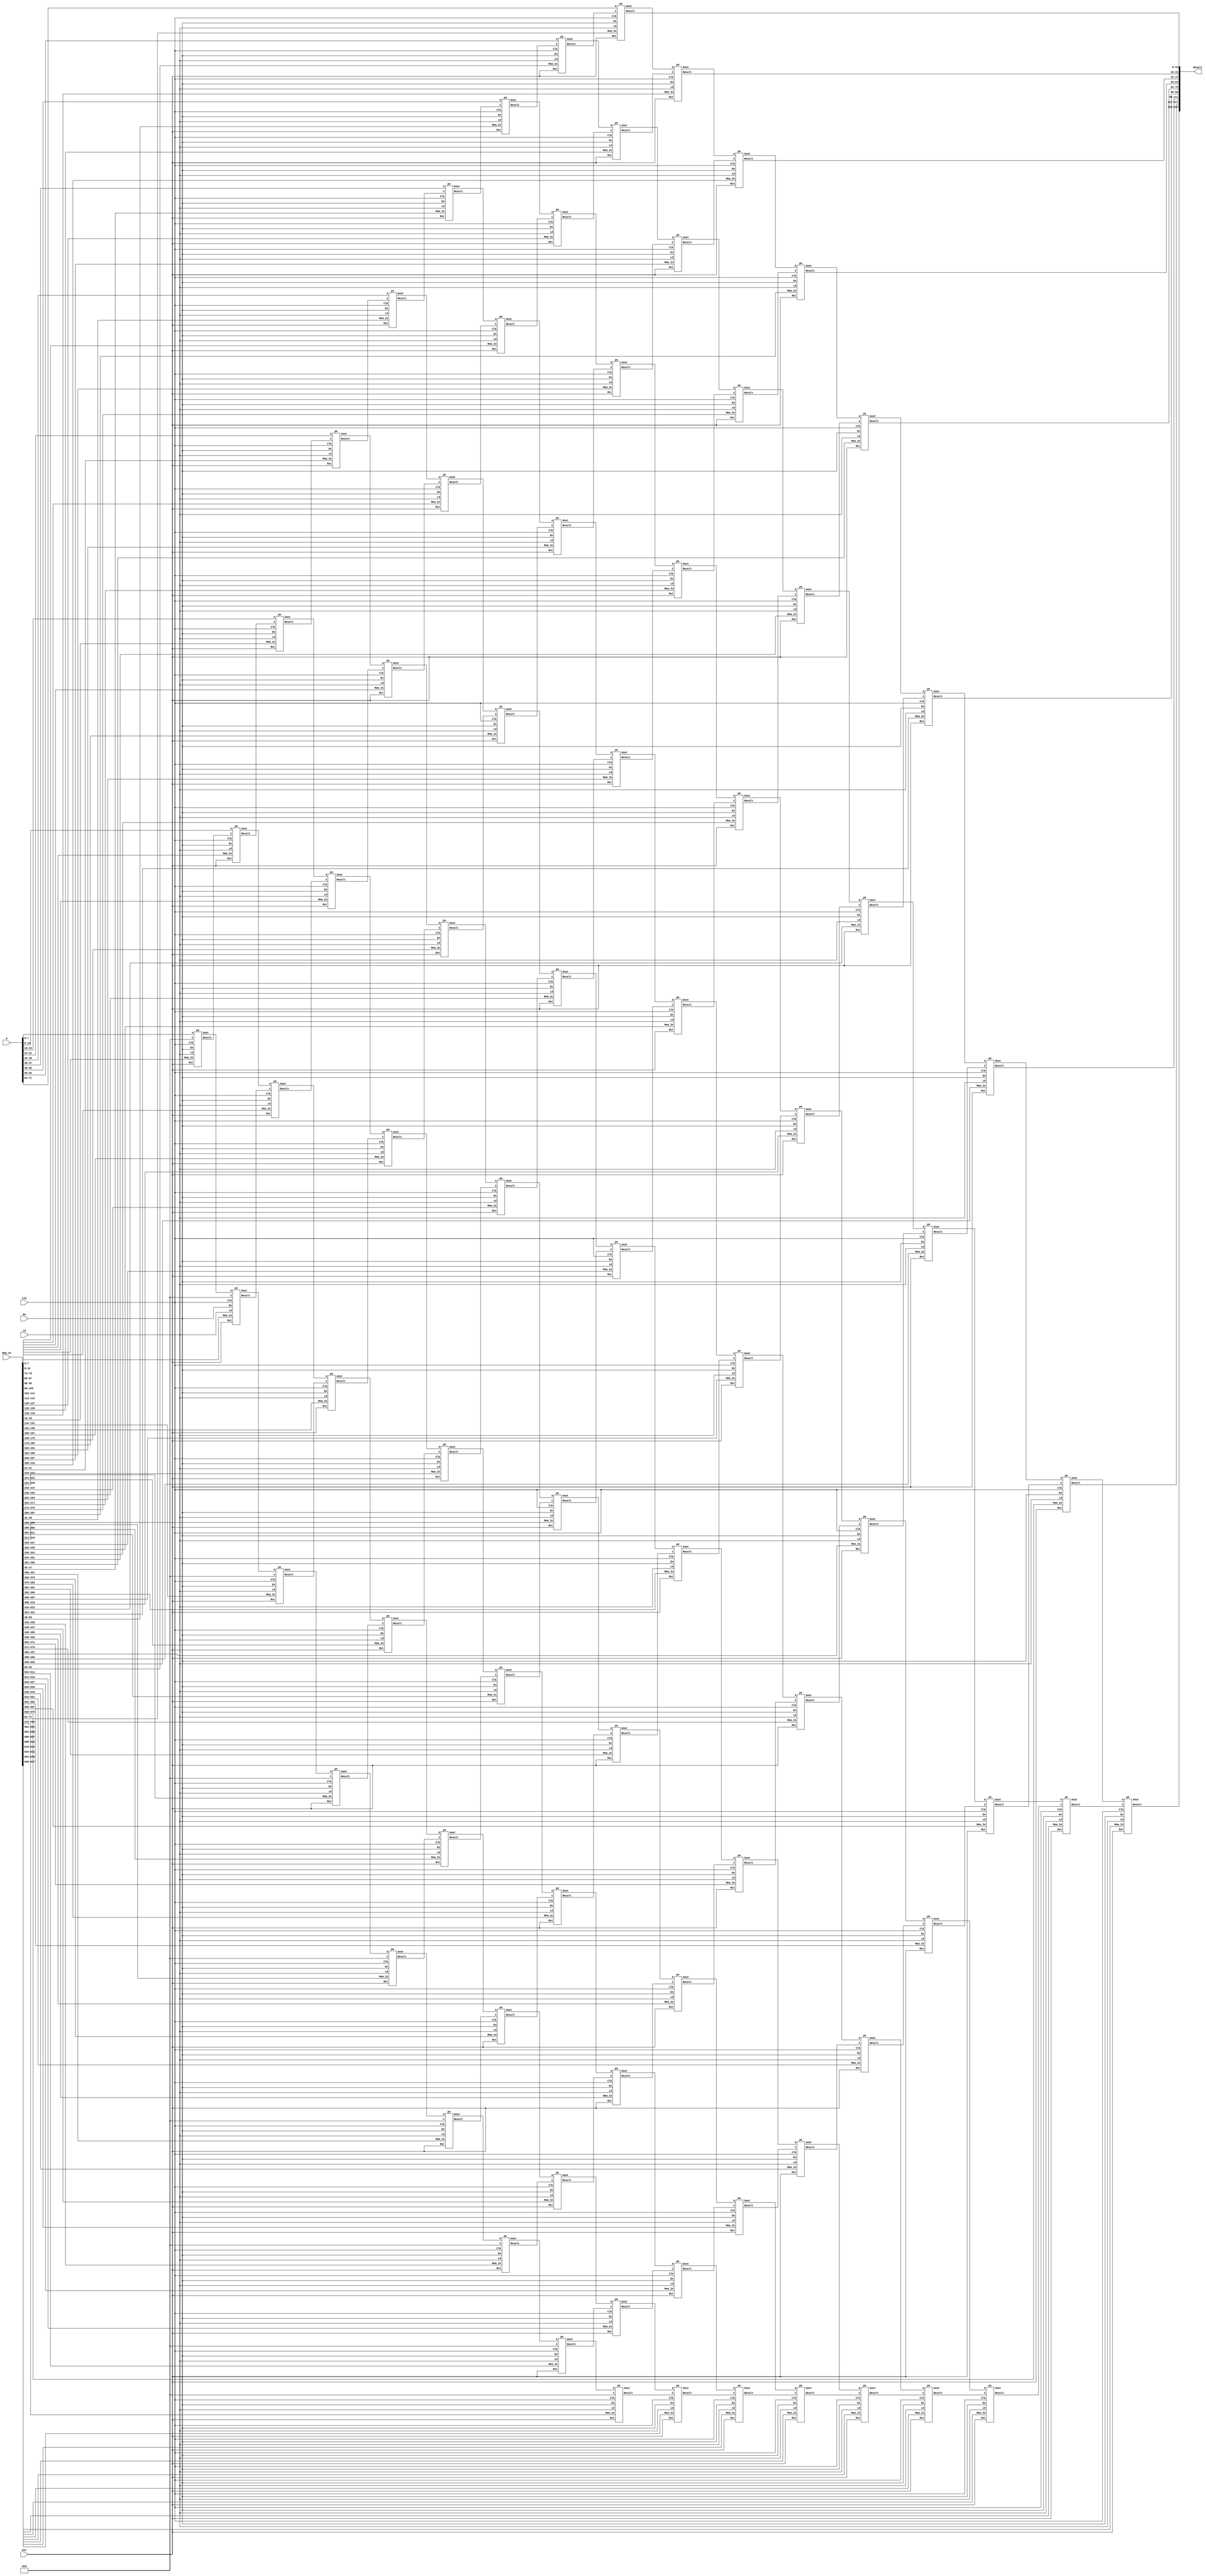
`timescale 1ns / 1ps
//////////////////////////////////////////////////////////////////////////////////
// Company: 
// Engineer: 
// 
// Design Name: 
// Module Name: finalproject
// Project Name: 
// Target Devices: 
// Tool Versions: 
// Description: 
// 
// Dependencies: 
// 
// Revision:
// Revision 0.01 - File Created
// Additional Comments:
// 
//////////////////////////////////////////////////////////////////////////////////
module Systolic (Clk,En,Est,Ld,A,Mem_In,Result);
input Clk,En,Est,Ld;
input [71:0] A;
input [647:0] Mem_In;
output reg [143:0] Result;
wire [15:0] Result_Wire[0:8][0:8];
wire [7:0] Passthrough_Wire[0:8][0:8];
wire [7:0]Ain[0:8];
reg [7:0] Mem_Inin[0:8][0:8];
integer Parse_Col, Parse_Row;

always @* begin
    for (Parse_Col=0; Parse_Col<9; Parse_Col = Parse_Col+1) begin
            Result[Parse_Col*16+:16] <= Result_Wire[Parse_Col][8];
        for (Parse_Row=0; Parse_Row<9; Parse_Row = Parse_Row+1) begin
            Mem_Inin[Parse_Col][Parse_Row] <= Mem_In [(Parse_Col*72)+(Parse_Row*8)+:8];
        end
    end
end

pe PE0 (Clk,En,Est,Ld,A[7:0],Mem_Inin[0][0],16'd0,Result_Wire[0][0],Passthrough_Wire[0][0]);
genvar i,j;
generate
    for (j=1;j<9;j=j+1) begin
        pe PE1 (Clk,En,Est,Ld,A[(j)*8+7:(j)*8],Mem_Inin[0][j],Result_Wire[0][j-1],Result_Wire[0][j],Passthrough_Wire[0][j]);
        pe PE2 (Clk,En,Est,Ld,Passthrough_Wire[j-1][0],Mem_Inin[j][0],16'd0,Result_Wire[j][0],Passthrough_Wire[j][0]);
        for (i=1;i<9;i=i+1) begin
            pe PE3 (Clk,En,Est,Ld,Passthrough_Wire[j-1][i],Mem_Inin[j][i],Result_Wire[j][i-1],Result_Wire[j][i],Passthrough_Wire[j][i]);
        end
    end
endgenerate
endmodule

module pe(Clk,En,Rst,Ld,A,Mem_In,C,Result,Aout);
input Clk,En,Rst,Ld;
input [7:0] A, Mem_In ;
input [15:0] C;
output reg [15:0] Result;
output reg [7:0] Aout;
reg [15:0] Prod_Reg;
reg [7:0] Memory;
wire cout;

always@* begin
Aout <= A;
end

wire [15:0] Prod_Wire;
wire [15:0] Result_Wire;
Vedic_8bit IN1 (A,Memory,Prod_Wire);
always@(posedge Clk) begin
     if (Rst == 1'b1) begin
     Prod_Reg <= 16'd0;
     Memory <= 8'd0;
     end
     else if (Ld == 1'b1) begin
     Memory <= Mem_In;
     end
     else begin
     Prod_Reg <= Prod_Wire;
     end
end
CSLA_16bit IN2 (Prod_Reg,C,Result_Wire,cout);
always@(posedge Clk) begin
    if (Rst == 1'b1) begin
     Result <= 16'd0;
     end
    else if (Ld) begin
     end
    else begin
     Result <= Result_Wire;
    end
end
endmodule

module Vedic_2bit(A,B,Prod);
input [1:0] A,B;
output [3:0] Prod;
wire Nand2,Nand3,Nand4;
wire Carry1, Carry2;
assign Nand2 = A[1]&B[0];
assign Nand3 = A[0]&B[1];
assign Nand4 = A[1]&B[1];
assign Prod [0] = A[0]&B[0];
Full_Adder IN1 (Nand2,Nand3, 1'b0,Prod[1],Carry1);
Full_Adder IN2 (Carry1, Nand4,1'b0, Prod[2],Prod[3]);
endmodule

module Vedic_4bit(A,B,Prod);
input [3:0] A,B;
output [7:0] Prod;
wire [3:0] Vedic_Prod1,Vedic_Prod2,Vedic_Prod3,Vedic_Prod4;
wire [3:0] Sum1,Sum2,Sum3;
wire Carry1, Carry2, Carry3;
Vedic_2bit IN1 (A[1:0],B[1:0],Vedic_Prod1);
Vedic_2bit IN2 (A[1:0],B[3:2],Vedic_Prod2);
Vedic_2bit IN3 (A[3:2],B[1:0],Vedic_Prod3);
Vedic_2bit IN4 (A[3:2],B[3:2],Vedic_Prod4);
RCA_4bit IN5 ( Vedic_Prod2                  , Vedic_Prod3   , Sum1  , Carry1);
RCA_4bit IN6 ( {1'b0,1'b0,Vedic_Prod1[3:2]} , Sum1          , Sum2  , Carry2);
RCA_4bit IN7 ( {1'b0,Carry2,Sum2[3:2]}      , Vedic_Prod4   , Sum3  , Carry3);
assign Prod[1:0] = Vedic_Prod1[1:0];
assign Prod[3:2] = Sum2[1:0];
assign Prod[7:4] = Sum3[3:0];
endmodule

module Vedic_8bit(A,B,Prod);
input [7:0] A,B;
output [15:0] Prod;
wire [7:0] Vedic_Prod1,Vedic_Prod2,Vedic_Prod3,Vedic_Prod4;
wire [7:0] Sum1,Sum2,Sum3;
wire Carry1, Carry2, Carry3;
Vedic_4bit IN1 (A[3:0],B[3:0],Vedic_Prod1);
Vedic_4bit IN2 (A[3:0],B[7:4],Vedic_Prod2);
Vedic_4bit IN3 (A[7:4],B[3:0],Vedic_Prod3);
Vedic_4bit IN4 (A[7:4],B[7:4],Vedic_Prod4);
CSLA_8bit IN5 ( Vedic_Prod2                  , Vedic_Prod3   , Sum1  , Carry1);
CSLA_8bit IN6 ( {4'd0,Vedic_Prod1[7:4]}      , Sum1          , Sum2  , Carry2);
CSLA_8bit IN7 ( {3'd0,Carry2,Sum2[7:4]}      , Vedic_Prod4   , Sum3  , Carry3);
assign Prod[3:0] = Vedic_Prod1[3:0];
assign Prod[7:4] = Sum2[3:0];
assign Prod[15:8] = Sum3[7:0];
endmodule

module CSLA_16bit(A,B,Sum,Cout);
input [15:0] A,B;
output [15:0] Sum;
output Cout;

//Most significant bit of the sum is the carry out.
wire [2:0] RCA_Sum1,RCA_Sum2;
wire [3:0] RCA_Sum3;
wire [4:0] RCA_Sum4;
wire [5:0] RCA_Sum5;
wire RCA_Cout1,RCA_Cout2,RCA_Cout3,RCA_Cout4,RCA_Cout5;

wire [2:0] BEC_Sum3;
wire [3:0] BEC_Sum4;
wire [4:0] BEC_Sum5;
wire [5:0] BEC_Sum6;

wire [2:0] Mux_6to3;
wire [3:0] Mux_8to4;
wire [4:0] Mux_10to5;
wire [5:0] Mux_12to6;

RCA_2bit IN1 (A[1:0],B[1:0],RCA_Sum1[1:0],RCA_Sum1[2]);
RCA_2bit IN2 (A[3:2],B[3:2],RCA_Sum2[1:0],RCA_Sum2[2]);
RCA_3bit IN3 (A[6:4],B[6:4],RCA_Sum3[2:0],RCA_Sum3[3]);
RCA_4bit IN4 (A[10:7],B[10:7],RCA_Sum4[3:0],RCA_Sum4[4]);
RCA_5bit IN5 (A[15:11],B[15:11],RCA_Sum5[4:0],RCA_Sum5[5]);

BEC_3bit IN6(RCA_Sum2,BEC_Sum3);
BEC_4bit IN7(RCA_Sum3,BEC_Sum4);
BEC_5bit IN8(RCA_Sum4,BEC_Sum5);
BEC_6bit IN9(RCA_Sum5,BEC_Sum6);

Mux #(6,3) IN10 ({BEC_Sum3,RCA_Sum2}, RCA_Sum1[2], Mux_6to3);
Mux #(8,4) IN11 ({BEC_Sum4,RCA_Sum3}, Mux_6to3[2], Mux_8to4);
Mux #(10,5) IN12 ({BEC_Sum5,RCA_Sum4}, Mux_8to4[3], Mux_10to5);
Mux #(12,6) IN13 ({BEC_Sum6,RCA_Sum5}, Mux_10to5[4], Mux_12to6);


assign Sum [1:0] = RCA_Sum1[1:0];
assign Sum [3:2] = Mux_6to3[1:0];
assign Sum [6:4] = Mux_8to4[2:0];
assign Sum [10:7] = Mux_10to5[3:0];
assign Sum [15:11] = Mux_12to6[4:0];
assign Cout = Mux_12to6[5];
endmodule

module CSLA_8bit(A,B,Sum,Cout);
input [7:0] A,B;
output [7:0] Sum;
output Cout;

//Most significant bit of the sum is the carry out.
wire [1:0] RCA_Sum1;
wire [2:0] RCA_Sum2,RCA_Sum3;
wire [3:0] RCA_Sum4;

wire [2:0] BEC_Sum1;
wire [2:0] BEC_Sum2;
wire [3:0] BEC_Sum3;

wire [2:0] First_Mux_6to3;
wire [2:0] Second_Mux_6to3;
wire [3:0] Mux_8to4;

Full_Adder In1 (A[0],B[0],1'b0,RCA_Sum1[0], RCA_Sum1[1]);
RCA_2bit IN2 (A[2:1],B[2:1],RCA_Sum2[1:0],RCA_Sum2[2]);
RCA_2bit IN3 (A[4:3],B[4:3],RCA_Sum3[1:0],RCA_Sum3[2]);
RCA_3bit IN4 (A[7:5],B[7:5],RCA_Sum4[2:0],RCA_Sum4[3]);

BEC_3bit IN5(RCA_Sum2,BEC_Sum1);
BEC_3bit IN6(RCA_Sum3,BEC_Sum2);
BEC_4bit IN7(RCA_Sum4,BEC_Sum3);

Mux #(6,3) IN8 ({BEC_Sum1,RCA_Sum2}, RCA_Sum1[1], First_Mux_6to3);
Mux #(6,3) IN9 ({BEC_Sum2,RCA_Sum3}, First_Mux_6to3[2], Second_Mux_6to3);
Mux #(8,4) IN10 ({BEC_Sum3,RCA_Sum4}, Second_Mux_6to3[2], Mux_8to4);


assign Sum [0] = RCA_Sum1[0];
assign Sum [2:1] = First_Mux_6to3[1:0];
assign Sum [4:3] = Second_Mux_6to3[1:0];
assign Sum [7:5] = Mux_8to4[2:0];
assign Cout = Mux_8to4[3];
endmodule

module BEC_3bit (Bec3_Input, Bec3_Output);
input [2:0] Bec3_Input;
output [2:0] Bec3_Output;
assign Bec3_Output[0] = ~Bec3_Input[0];
assign Bec3_Output[1] = Bec3_Input[0]^Bec3_Input[1];
assign Bec3_Output[2] = Bec3_Input[2]^(Bec3_Input[0]&Bec3_Input[1]);
endmodule

module BEC_4bit (Bec4_Input, Bec4_Output);
input [3:0] Bec4_Input;
output [3:0] Bec4_Output;
assign Bec4_Output[0] = ~Bec4_Input[0];
assign Bec4_Output[1] = Bec4_Input[0]^Bec4_Input[1];
assign Bec4_Output[2] = Bec4_Input[2]^(Bec4_Input[0]&Bec4_Input[1]);
assign Bec4_Output[3] = Bec4_Input[3]^(Bec4_Input[0]&Bec4_Input[1]&Bec4_Input[2]);
endmodule

module BEC_5bit (Bec5_Input, Bec5_Output);
input [4:0] Bec5_Input;
output [4:0] Bec5_Output;
assign Bec5_Output[0] = ~Bec5_Input[0];
assign Bec5_Output[1] = Bec5_Input[0]^Bec5_Input[1];
assign Bec5_Output[2] = Bec5_Input[2]^(Bec5_Input[0]&Bec5_Input[1]);
assign Bec5_Output[3] = Bec5_Input[3]^(Bec5_Input[0]&Bec5_Input[1]&Bec5_Input[2]);
assign Bec5_Output[4] = Bec5_Input[4]^(Bec5_Input[0]&Bec5_Input[1]&Bec5_Input[2]&Bec5_Input[3]);
endmodule

module BEC_6bit (Bec6_Input, Bec6_Output);
input [5:0] Bec6_Input;
output [5:0] Bec6_Output;
assign Bec6_Output[0] = ~Bec6_Input[0];
assign Bec6_Output[1] = Bec6_Input[0]^Bec6_Input[1];
assign Bec6_Output[2] = Bec6_Input[2]^(Bec6_Input[0]&Bec6_Input[1]);
assign Bec6_Output[3] = Bec6_Input[3]^(Bec6_Input[0]&Bec6_Input[1]&Bec6_Input[2]);
assign Bec6_Output[4] = Bec6_Input[4]^(Bec6_Input[0]&Bec6_Input[1]&Bec6_Input[2]&Bec6_Input[3]);
assign Bec6_Output[5] = Bec6_Input[5]^(Bec6_Input[0]&Bec6_Input[1]&Bec6_Input[2]&Bec6_Input[3]&Bec6_Input[4]);
endmodule

module RCA_2bit (A,B,Sum_2bit,Cout_2bit);
input [1:0] A;
input [1:0] B;
output [1:0] Sum_2bit;
output Cout_2bit;
wire Cout;
Full_Adder IN1 (A[0],B[0],1'b0,Sum_2bit[0],Cout);
Full_Adder IN2 (A[1],B[1],Cout,Sum_2bit[1],Cout_2bit);
endmodule

module RCA_3bit (A,B,Sum_3bit,Cout_3bit);
input [2:0] A;
input [2:0] B;
output [2:0] Sum_3bit;
output Cout_3bit;
wire [1:0] Cout;
Full_Adder IN1 (A[0],B[0],1'b0,Sum_3bit[0],Cout[0]);
Full_Adder IN2 (A[1],B[1],Cout[0],Sum_3bit[1],Cout[1]);
Full_Adder IN3 (A[2],B[2],Cout[1],Sum_3bit[2],Cout_3bit);
endmodule

module RCA_4bit (A,B,Sum_4bit,Cout_4bit);
input [3:0] A;
input [3:0] B;
output [3:0] Sum_4bit;
output Cout_4bit;
wire [2:0] Cout;
Full_Adder IN1 (A[0],B[0],1'b0,Sum_4bit[0],Cout[0]);
Full_Adder IN2 (A[1],B[1],Cout[0],Sum_4bit[1],Cout[1]);
Full_Adder IN3 (A[2],B[2],Cout[1],Sum_4bit[2],Cout[2]);
Full_Adder IN4 (A[3],B[3],Cout[2],Sum_4bit[3],Cout_4bit);
endmodule

module RCA_5bit (A,B,Sum_5bit,Cout_5bit);
input [4:0] A;
input [4:0] B;
output [4:0] Sum_5bit;
output Cout_5bit;
wire [3:0] Cout;
Full_Adder IN1 (A[0],B[0],1'b0,Sum_5bit[0],Cout[0]);
Full_Adder IN2 (A[1],B[1],Cout[0],Sum_5bit[1],Cout[1]);
Full_Adder IN3 (A[2],B[2],Cout[1],Sum_5bit[2],Cout[2]);
Full_Adder IN4 (A[3],B[3],Cout[2],Sum_5bit[3],Cout[3]);
Full_Adder IN5 (A[4],B[4],Cout[3],Sum_5bit[4],Cout_5bit);
endmodule

module Full_Adder (A,B,Cin,Sum,Cout);
input A,B,Cin;
output Sum,Cout;
assign Sum = A^B^Cin;
assign Cout = (A&B)|((A^B)&Cin);
endmodule

module Mux #(parameter from = 2 , parameter to = 1)(In,Sel,Out);
input [from-1:0] In;
input Sel;
output [to-1:0] Out;
integer i;
reg [to-1:0] Out_Reg;
assign Out = Out_Reg;
always @* begin 
for (i = 0; i<to; i=i+1) begin
    Out_Reg[i] <= (~Sel&In[i])|(Sel&In[i+to]);
    end
end
endmodule